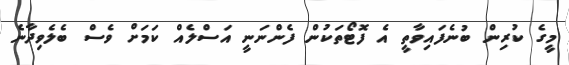
މީގެ ކުރިން ބުނެފައިވާތީ އެ ފޮޓޯތަކުން ފެންނަނީ އަސްލެއް ކަމަށް ވެސް ބެލެވިދާނެ